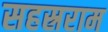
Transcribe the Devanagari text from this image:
सहस्रराम